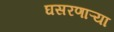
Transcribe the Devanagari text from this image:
घसरणाऱ्या